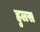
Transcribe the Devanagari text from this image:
हुलस